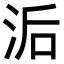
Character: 洉